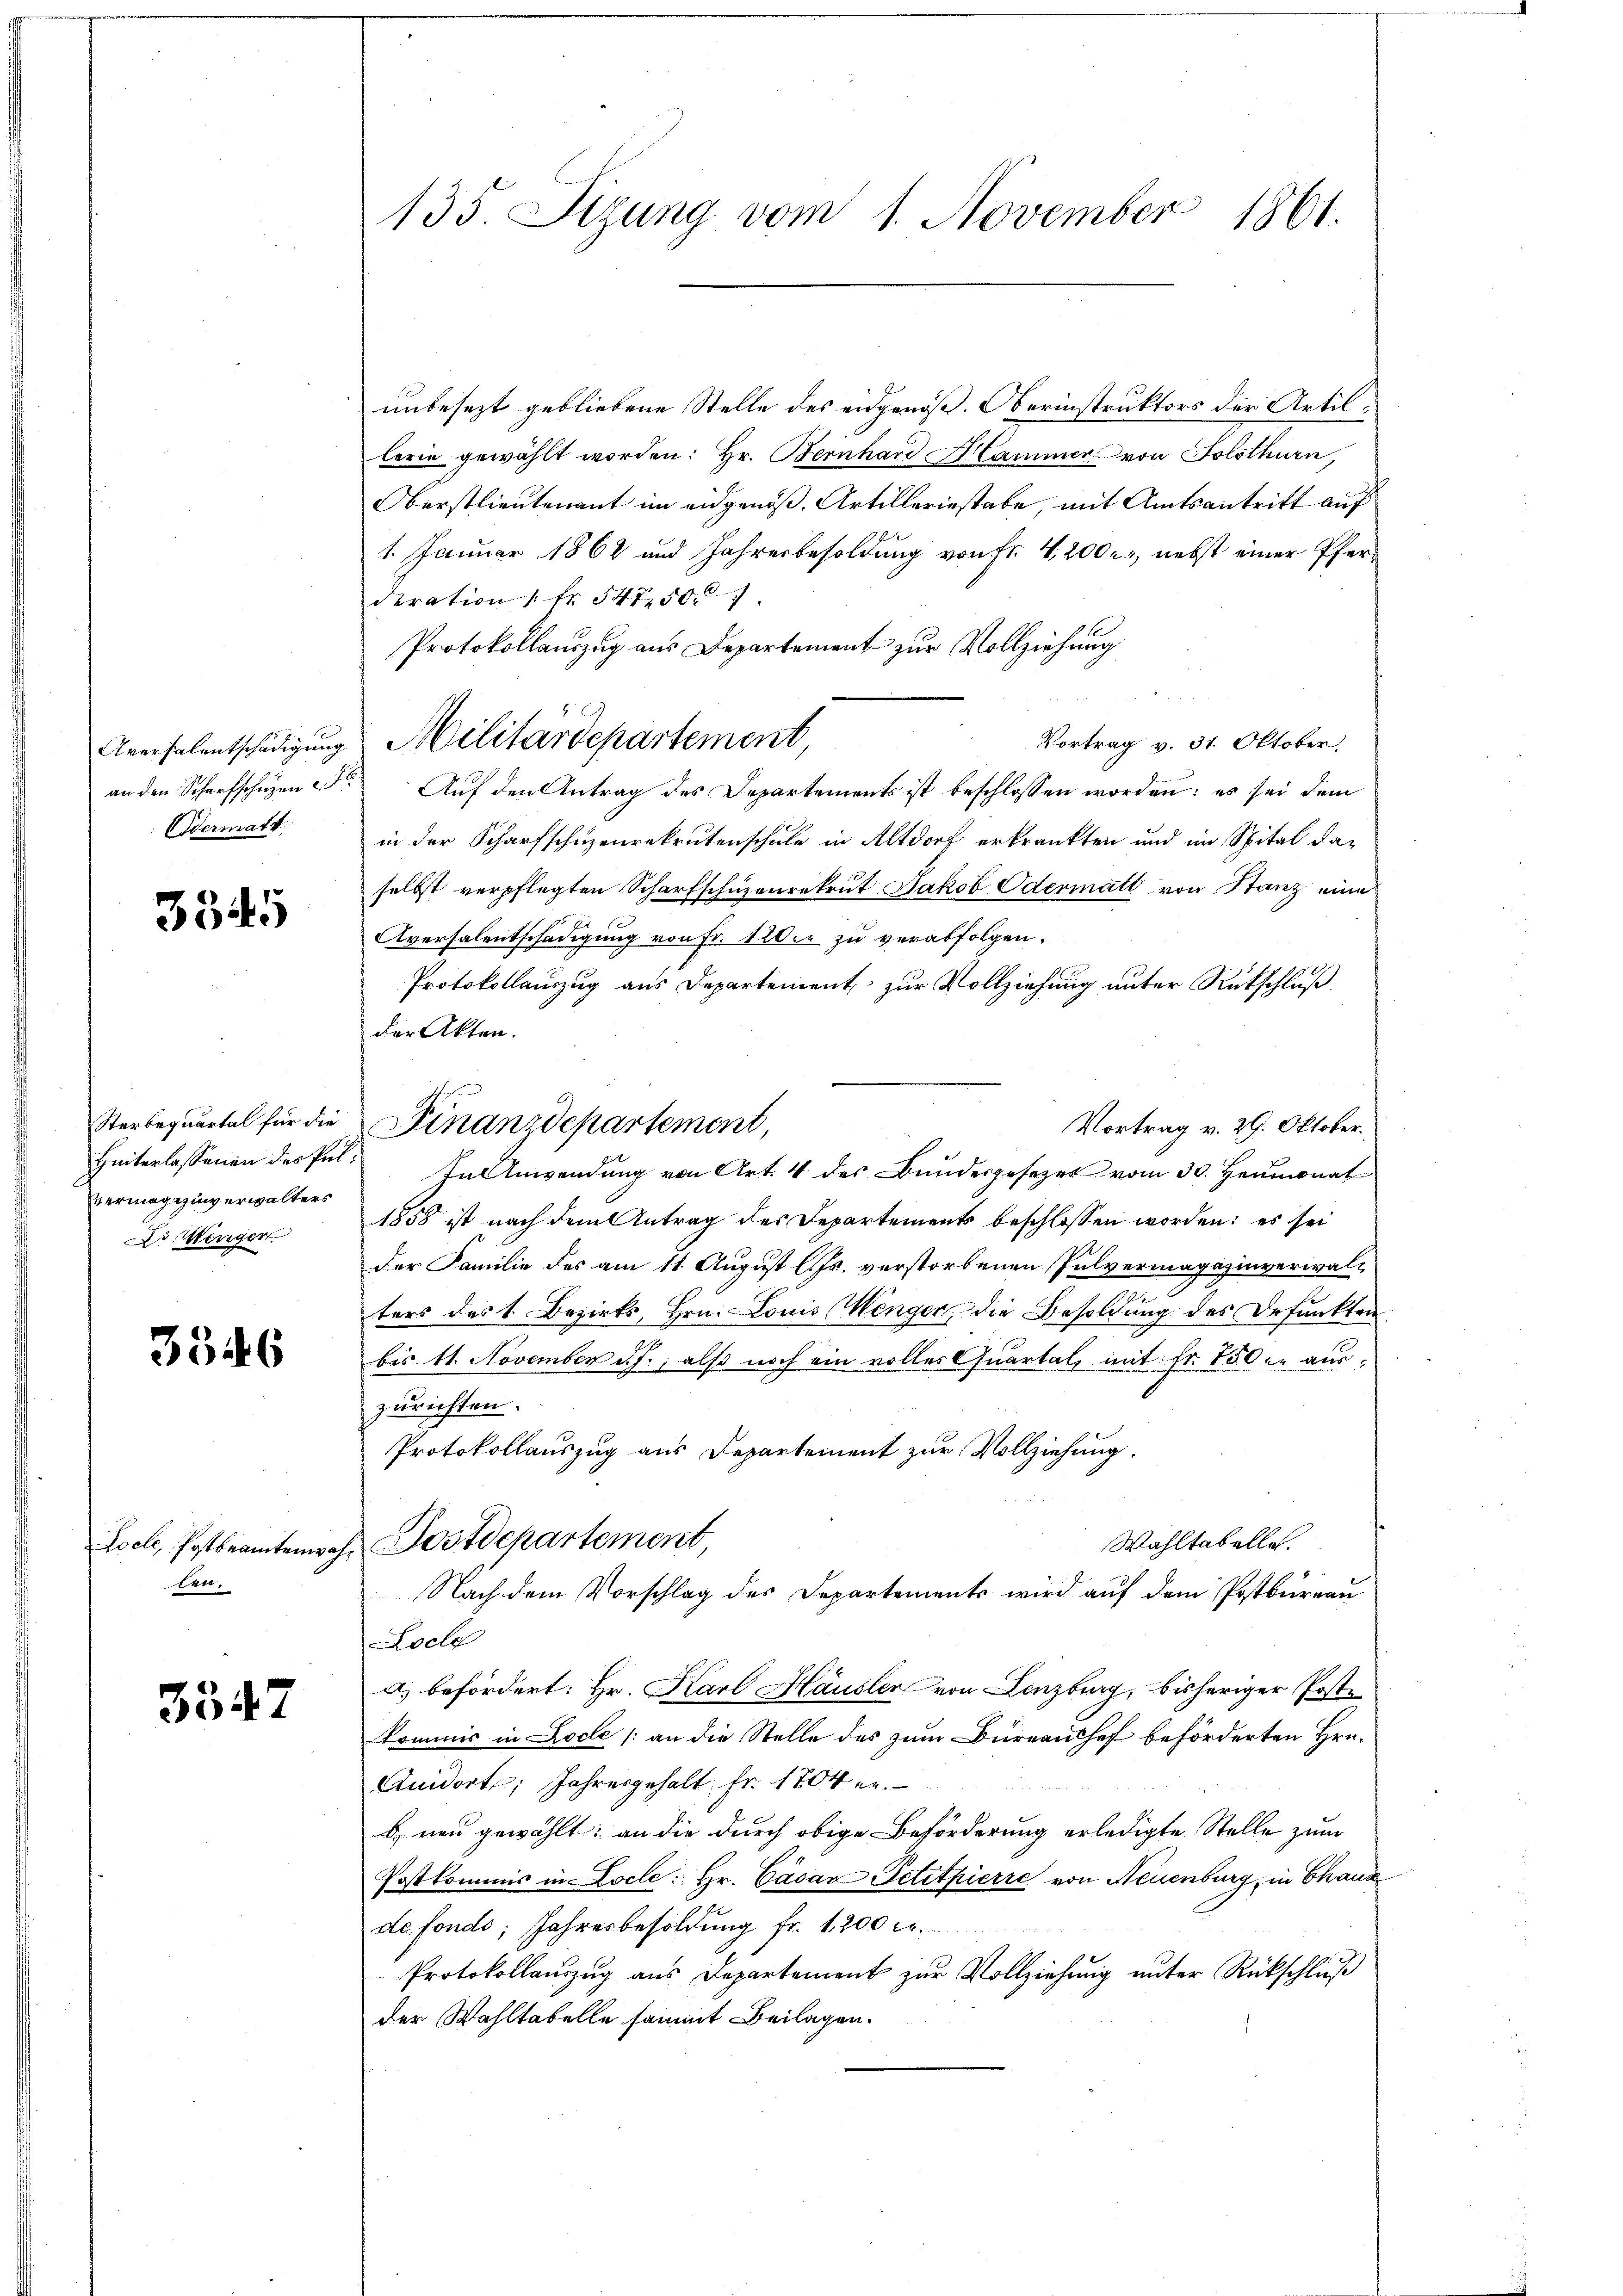
Aversalentschädigung
an den Scharfschuzen
Odermatt.

3345

Sterbequartal für die
Hinterlassenen des Pulvermagazinverwalters
Dringen

3546

Loele, Postbeamtenwahten.

3547

135. Sizung vom 1. November 1861.

unbesezt gebliebene Stelle des eidgenöß. Oberinstruktors der Artillerie gewählt worden: Hr. Bernhard Hammer von Solothurn,
Oberstlieutenant im eidgenöß. Artilleriestabe, mit Amtsantritt auf
1. Januar 1868 und Jahresbesoldung von Fr. 4,200. nebst einer Pferderation Nr. 547. 50
Protokollauszug aus Departement zur Vollziehung
Vortrag v. 31. Oktober,
Auf den Antrag des Departements ist beschlossen worden: es sei dem
in der Scharfschuzenrekrutenschule in Altdorf erkrankten und im Spital daselbst verpflegten Scharfschuzenrekrut Jakob Odermatt von Stanz eine
s
Aversalentschädigung von Fr. 12te zu verabfolgen.
Protokollauszug aus Departement zur Vollziehung unter Rükschluß
der Akten.
Finanzdepartement,
Vortrag v. 29. Oktober.
In Anwendung von Art. 4 des Bundesgesezes vom 30. Heumonat
1858 ist nach dem Antrag des Departements beschlossen worden; es sei
der Familie des am 11. August l. Js. verstorbenen Pulvermagazinverwalters des 1. Bezirks, Hrn. — Louis (Wenger, die Besoldung des Defunkten
bis 11. November d. J., als noch ein volles Quartal, mit Fr. 800 er auszurichten.
Protokollauszug aus Departement zur Vollziehung.
Sostdepartement
Wahltabelles.
Nach dem Vorschlag des Departements wird auf dem Postbureau
Loche
a) befördert: Hr. Karl Häusler von Lenzburg, bisheriger Postkommis in Locle (an die Stelle des zum Büreauchef beförderten Hrn.
Anidort Jahresgehalt Fr. 1804 en
b neu gewählt; an die durch obige Beförderung erledigte Stelle zum
Postkommis in ocle: Hr. Cäsar Petitpierre von Neuenburg, in Chaus
de fonds; Jahresbesoldung fr. 1200 Fr.
Protokollauszug aus Departement zur Vollziehung unter Rückschluß
der Wahltabelle sammt Beilagen.

Militärdepartement,